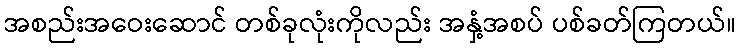
အစည်းအဝေးဆောင် တစ်ခုလုံးကိုလည်း အနှံ့အစပ် ပစ်ခတ်ကြတယ်။